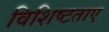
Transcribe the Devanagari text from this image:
विशिष्टताए